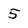
Character: 5